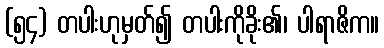
(၅၄) တပါးဟုမှတ်၍ တပါးကိုခိုး၏၊ ပါရာဇိက။